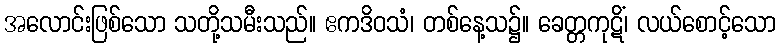
အလောင်းဖြစ်သော သတို့သမီးသည်။ ဧကဒိဝသံ၊ တစ်နေ့သ၌။ ခေတ္တကုဋိံ၊ လယ်စောင့်သော